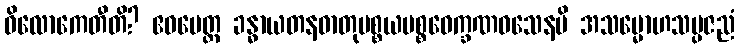
ဝိလောကေတီတိ? ဧဝမေတ္ထ ခန္ဓာယတနဓာတုပစ္စယပစ္စဝေက္ခဏဝသေနပိ အသမ္မောဟသမ္ပဇညံ